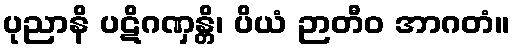
ပုညာနိ ပဋိဂဏှန္တိ၊ ပိယံ ဉာတီဝ အာဂတံ။